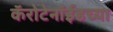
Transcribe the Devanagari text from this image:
कॅरोटेनॉईडच्या